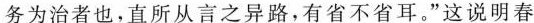
务为治者也，直所从言之异路，有省不省耳。”这说明春